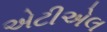
એટીએલ